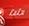
lulu